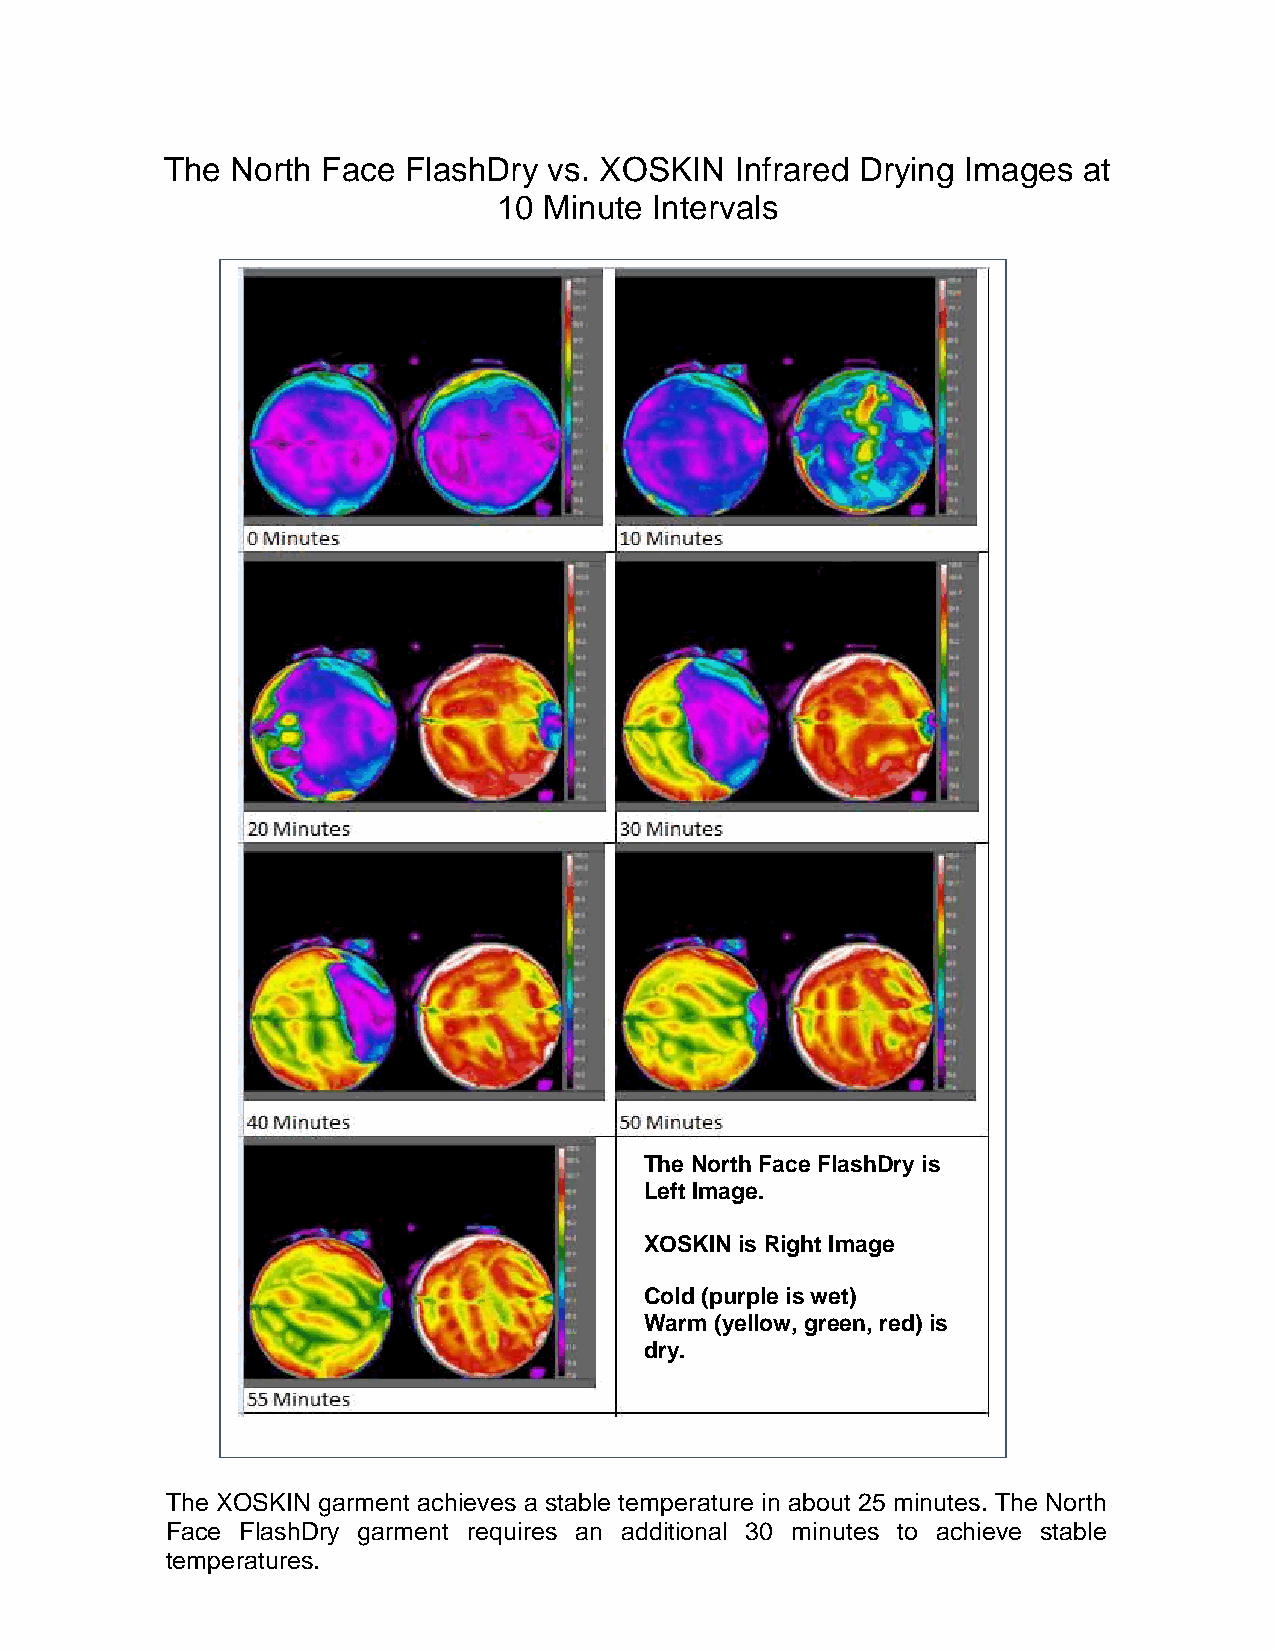
The North Face  FlashDry vs. XOSKIN   Infrared Drying Images at
 10 Minute Intervals
 The North Face FlashDryis
 Left Image.
 XOSKINis Right Image
 Cold (purpleiswet)
 Warm (yellow, green, red) is
 dry.
 The XOSKIN garment achieves a stable temperature in about 25 minutes. The North
 Face FlashDry garment requires an additional 30 minutes to achieve stable
 temperatures.